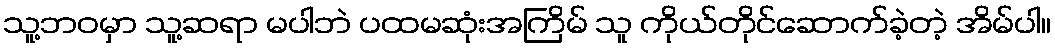
သူ့ဘဝမှာ သူ့ဆရာ မပါဘဲ ပထမဆုံးအကြိမ် သူ ကိုယ်တိုင်ဆောက်ခဲ့တဲ့ အိမ်ပါ။